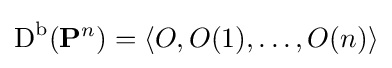
{\text{D}}^{\text{b}}(\mathbf {P} ^{n})=\langle O,O(1),\ldots ,O(n)\rangle